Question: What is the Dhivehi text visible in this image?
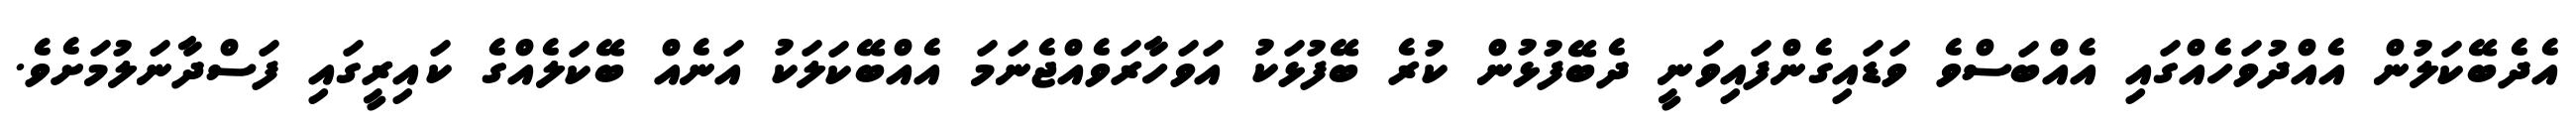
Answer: އެދެބޭކަލުން އެއްދުވަހެއްގައި އެއްބަސްވެ ވަޑައިގެންފައިވަނީ ދެބޭފުޅުން ކުރެ ބޭފުޅަކު އަވަހާރަވެއްޖެނަމަ އެއްބޭކަލަކު އަނެއް ބޭކަލެއްގެ ކައިރީގައި ފަސްދާނަލުމަށެވެ.